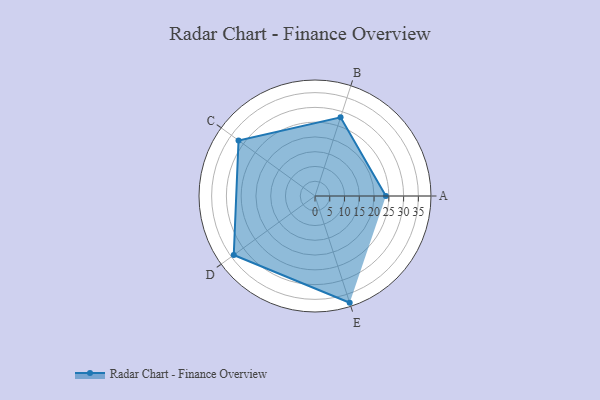
{"axis": {"x": "Skill", "y": "Score"}, "legend": ["Profile"], "data": [{"x": "A", "y": 24.0, "type": "Profile"}, {"x": "B", "y": 28.0, "type": "Profile"}, {"x": "C", "y": 32.0, "type": "Profile"}, {"x": "D", "y": 34.0, "type": "Profile"}, {"x": "E", "y": 38.0, "type": "Profile"}]}